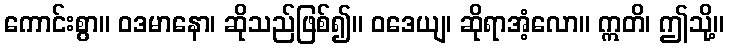
ကောင်းစွာ။ ဝဒမာနော၊ ဆိုသည်ဖြစ်၍။ ဝဒေယျ၊ ဆိုရာအံ့လော။ ဣတိ၊ ဤသို့။